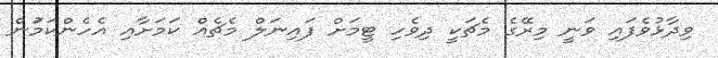
ވިދާޅުވެފައި ވަނީ މިރޭގެ މެޗަކީ ދިވެހި ޓީމަށް ފައިނަލް މެޗެއް ކަމަށާއި އެހެންކަމަުން